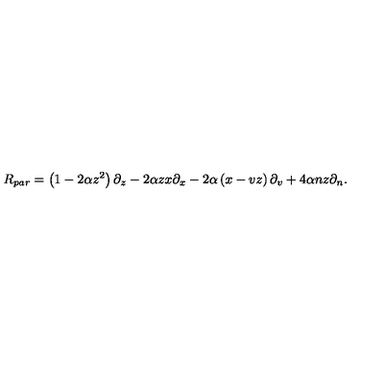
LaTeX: R _ { p a r } = \left( 1 - 2 \alpha z ^ { 2 } \right) \partial _ { z } - 2 \alpha z x \partial _ { x } - 2 \alpha \left( x - v z \right) \partial _ { v } + 4 \alpha n z \partial _ { n } .